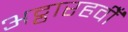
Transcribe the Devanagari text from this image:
अट्ठारहवीँ